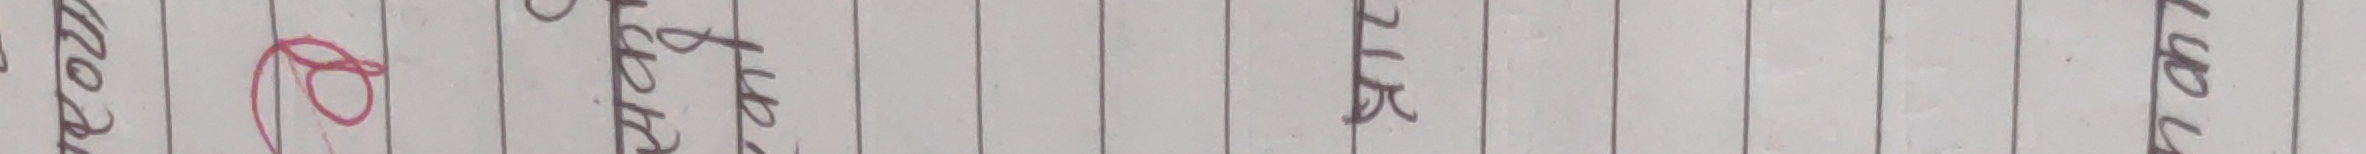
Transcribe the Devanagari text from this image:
प्रमाण बुढाबुढी माथि सम्पदा